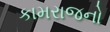
કામરાજનો